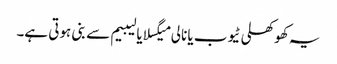
یہ کھوکھلی ٹیوب یا نالی میگسلا یا لیبیم سے بنی ہوتی ہے۔